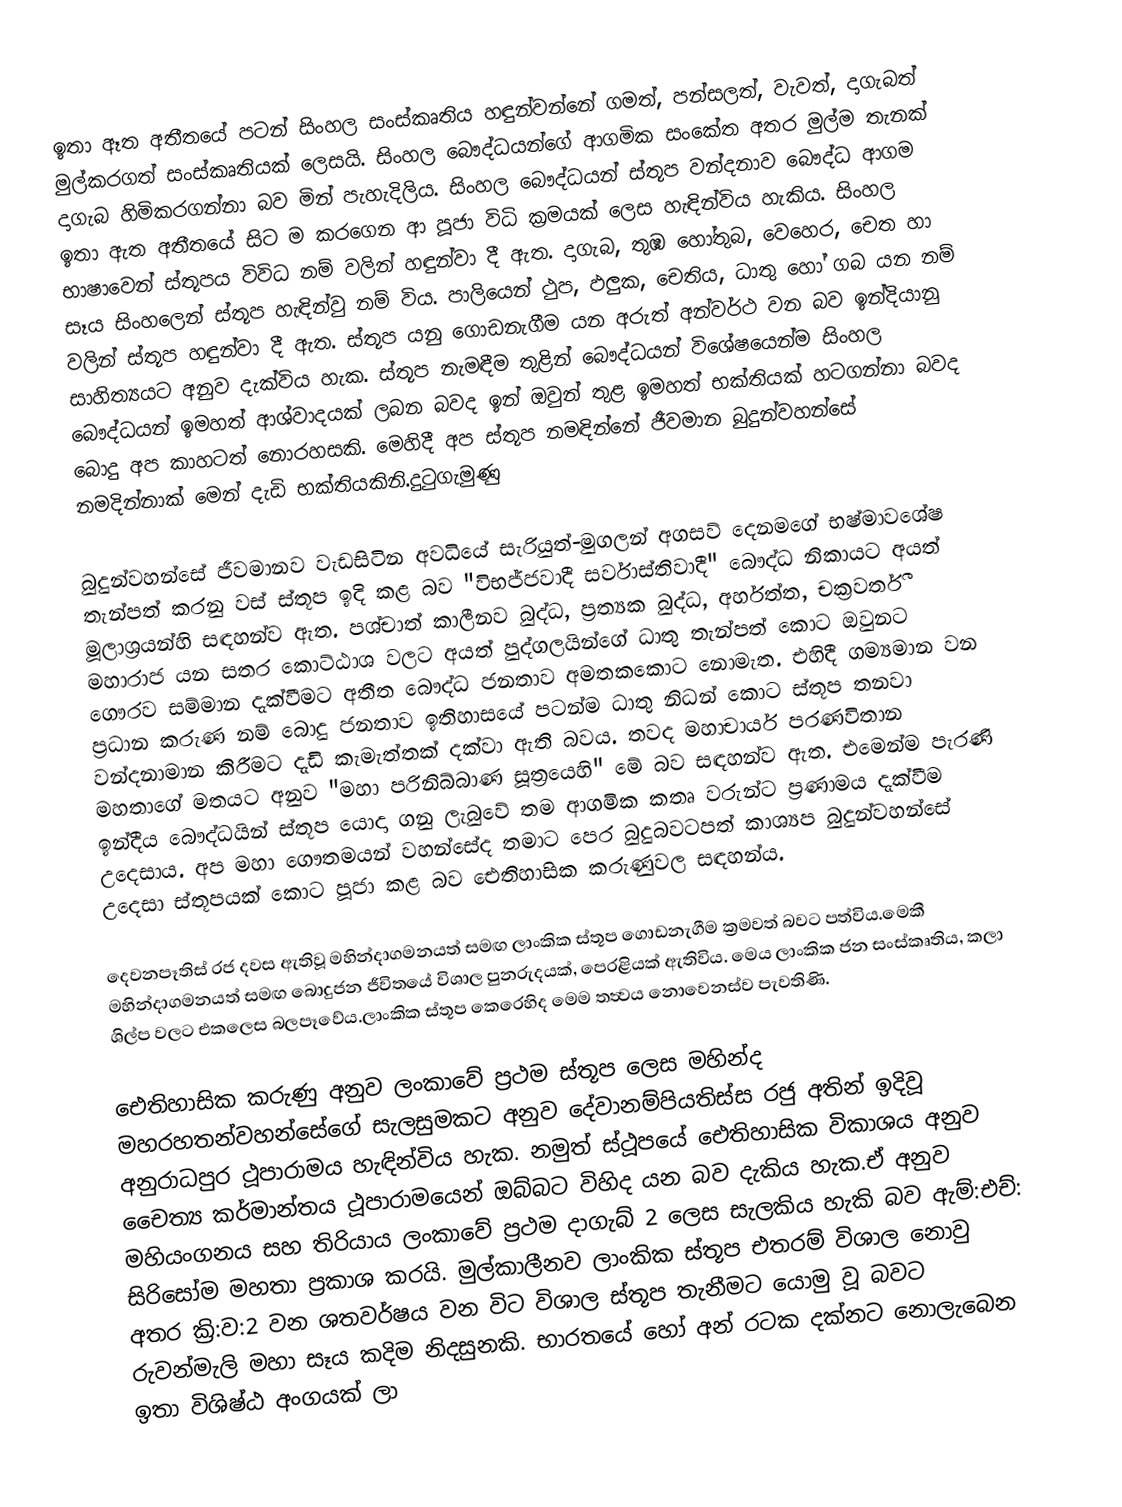
ඉතා ඈත අතීතයේ පටන් සිංහල සංස්කෘතිය හඳුන්වන්නේ ගමත්, පන්සලත්, වැවත්, දාගැබත් මුල්කරගත් සංස්කෘතියක් ලෙසයි. සිංහල බෞද්ධයන්ගේ ආගමික සංකේත අතර මුල්ම තැනක් දාගැබ හිමිකරගන්නා බව මින් පැහැදිලිය. සිංහල බෞද්ධයන් ස්තූප වන්දනාව බෞද්ධ ආගම ඉතා ඇත අතීතයේ සිට ම කරගෙන ආ පූජා විධි ක්‍රමයක් ලෙස හැඳින්විය හැකිය. සිංහල භාෂාවෙන් ස්තූපය විවිධ නම් වලින් හඳුන්වා දී ඇත. දාගැබ, තුඹ හෝතුබ, වෙහෙර, චෙත හා සෑය සිංහලෙන් ස්තූප හැඳින්වු නම් විය. පාලියෙන් ථුප, ඵලුක, චෙතිය, ධාතු හෝ ගබ යන නම් වලින් ස්තූප හඳුන්වා දී ඇත. ස්තූප යනු ගොඩනැගීම යන අරුත් අන්වර්ථ වන බව ඉන්දියානු සාහිත්‍යයට අනුව දැක්විය හැක. ස්තූප නැමඳීම තුළින් බෞද්ධයන් විශේෂයෙන්ම සිංහල බෞද්ධයන් ඉමහත් ආශ්වාදයක් ලබන බවද ඉන් ඔවුන් තුළ ඉමහත් භක්තියක් හටගන්නා බවද බොදු අප කාහටත් ‍නොරහසකි. මෙහිදී අප ස්තූප නමඳින්නේ ජීවමාන බුදුන්වහන්සේ නමදින්නාක් මෙන් දැඩි භක්තියකිනි.දුටුගැමුණු

බුදුන්වහන්සේ ජීවමානව වැඩසිටින අවධියේ සැරියුත්-මුගලන් අගසව් දෙනමගේ භෂ්මාවශේෂ තැන්පත් කරනු වස් ස්තූප ඉදි කළ බව "විභජ්ජවාදී සර්වාස්තිවාදී" බෞද්ධ නිකායට අයත් මූලාශ්‍රයන්හි සඳහන්ව ඇත. පශ්චාත් කාලීනව බුද්ධ, ප්‍රත්‍යක බුද්ධ, අර්හත්ත, චක්‍රවර්තී මහාරාජ යන සතර කොට්ඨාශ වලට අයත් පුද්ගලයින්ගේ ධාතු තැන්පත් කොට ඔවුනට ගෞරව සම්මාන දැක්වීමට අතීත බෞද්ධ ජනතාව අමතකකොට නොමැත. එහිදී ගම්‍යමාන වන ප්‍රධාන කරුණ නම් බොදු ජනතාව ඉතිහාසයේ පටන්ම ධාතු නිධන් කොට ස්තූප තනවා වන්දනාමාන කිරීමට දැඩි කැමැත්තක් දක්වා ඇති බවය. තවද මහාචාර්ය පරණවිතාන මහතාගේ මතයට අනුව "මහා පරිනිබ්බාණ සූත්‍රයෙහි"  මේ බව සඳහන්ව ඇත. එමෙන්ම පැරණි ඉන්දීය බෞද්ධයින් ස්තූප යොදා ගනු ලැබුවේ තම ආගමික කතෘ වරුන්ට ප්‍රණාමය දැක්වීම උදෙසාය. අප මහා ‍ගෞතමයන් වහන්සේද තමාට පෙර බුදුබවටපත් කාශ්‍යප බුදුන්වහන්සේ උදෙසා ස්තූපයක් කොට පූජා කළ බව ඓතිහාසික කරුණුවල සඳහන්ය.

දෙවනපෑතිස් රජ දවස ඇතිවූ මහින්දාගමනයත් සමඟ ලාංකික ස්තූප ගොඩනැගීම ක්‍රමවත් බවට පත්විය.මෙකී මහින්දාගමනයත් සමඟ බොදුජන ජීවිත‍යේ විශාල පුනරුදයක්, පෙරළියක් ඇතිවිය. මෙය  ලාංකික ජන සංස්කෘතිය, කලා ශිල්ප වලට එකලෙස බලපෑවේය.ලාංකික ස්තූප කෙරෙහිද මෙම තත්‍ව‍‍ය නොවෙනස්ව පැවතිණි.

ඓතිහාසික කරුණු අනුව ලංකාවේ ප්‍රථම ස්තූප ලෙස මහින්ද මහරහතන්වහන්සේගේ සැලසුමකට අනුව දේවානම්පියතිස්ස රජු අතින් ඉදිවූ අනුරාධපුර ථූපාරාමය හැඳින්විය හැක. නමුත් ස්ථූපයේ ඓතිහාසික විකාශය අනුව චෛත්‍ය කර්මාන්තය ථූපාරාමයෙන් ඔබ්බට විහිද යන බව දැකිය හැක.ඒ අනුව මහියංගනය සහ තිරියාය ලංකාවේ ප්‍රථම දාගැබ් 2 ලෙස සැලකිය හැකි බව ඇම්:එච්: සිරිසෝම මහතා ප්‍රකාශ කරයි. මුල්කාලීනව ලාංකික ස්තූප එතරම් විශාල නොවු අතර ක්‍රි:ව:2 වන ශතවර්ෂය වන විට විශාල ස්තූප තැනීමට යොමු වූ බවට රුවන්මැලි මහා සෑය කදිම නිදසුනකි. භාරතයේ හෝ අන් රටක දක්නට නොලැබෙන ඉතා විශිෂ්ඨ අංගයක් ලා